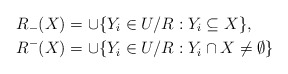
\begin{align*}R_{-}(X) & =\cup\{Y_{i}\in U/R:Y_{i}\subseteq X\}, \\R^{-}(X) & =\cup\{Y_{i}\in U/R:Y_{i}\cap X\neq\emptyset\}\end{align*}